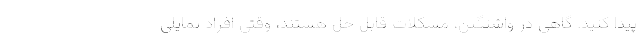
پیدا کنید. گاهی در واشنگتن، مشکلات قابل حل هستند، وقتی افراد تمایلی